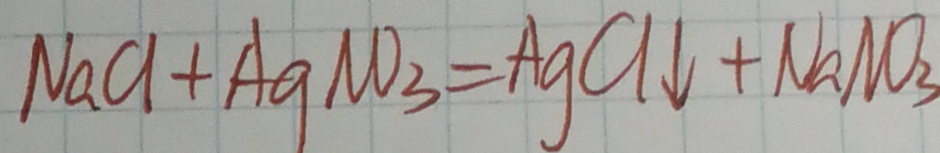
N a C l + A g N O _ { 3 } = A g C l \downarrow + N a N O _ { 3 }